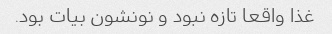
غذا واقعا تازه نبود و نونشون بیات بود.